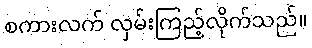
စကားလက် လှမ်းကြည့်လိုက်သည်။